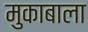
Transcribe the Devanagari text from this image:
मुकाबाला